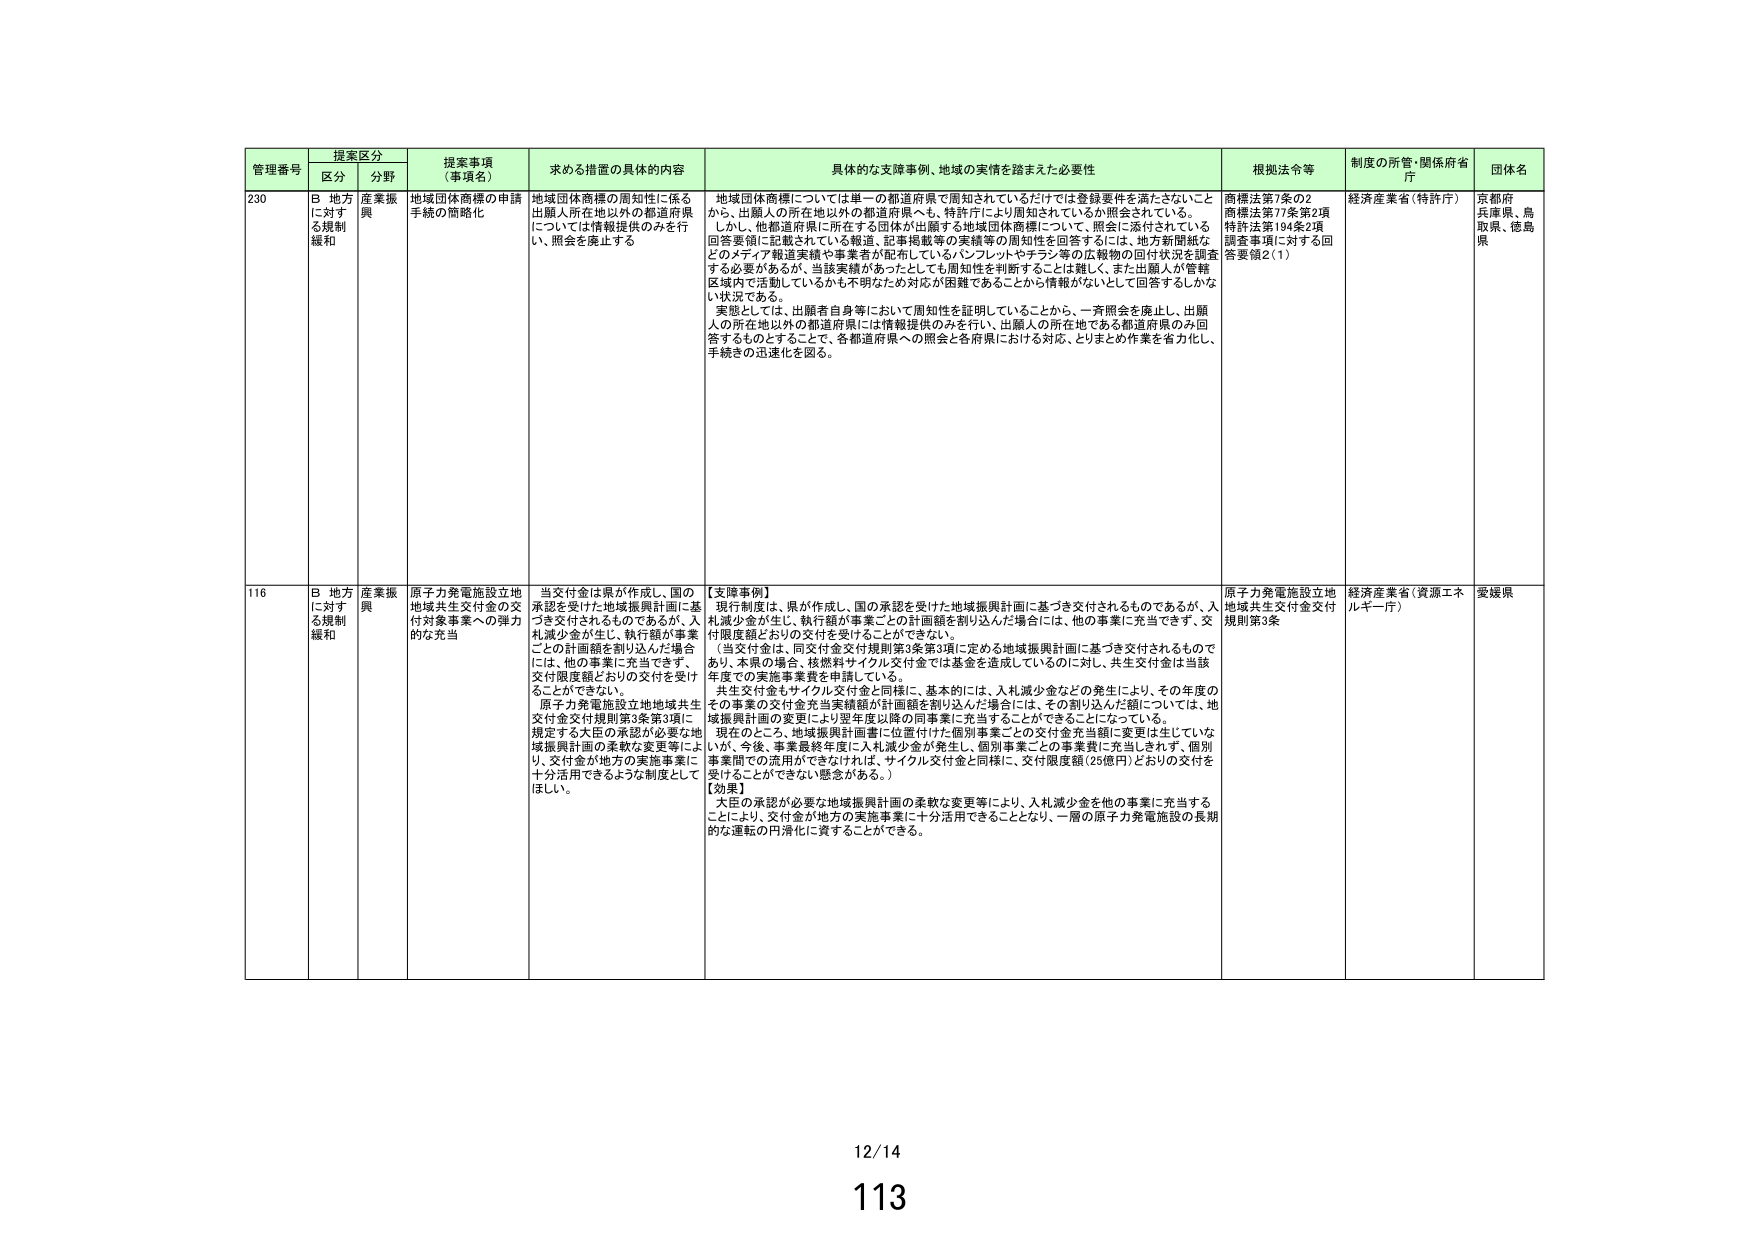
管理番号 提案区分 提案事項（事項名） 求める措置の具体的内容 具体的な支援事例、地域の実情を踏まえた必要性 根拠法令等 制度の所管・関係府省庁 団体名
区分 分野
230 B 地方に対する規制緩和 産業振興 地域団体商標の申請手続の簡略化 地域団体商標の周知性に係る出願人所在地以外の都道府県については情報提供のみを行い、照会を廃止する 地域団体商標については単一の都道府県で周知されているだけでは登録要件を満たさないことから、出願人の所在地以外の都道府県へも、特許庁により周知されているか照会されている。しかし、他都道府県に所在する団体が出願する地域団体商標について、照会に添付されている回答要領に記載されている報道、記事掲載等の実績等の周知性を回答するには、地方新聞紙などのメディア報道実績や事業者が配布しているパンフレットやチラシ等の広報物の回付状況を調査する必要があるが、当該実績が各ったとしても周知性を判断することは難しく、また出願人が管轄区域内で活動しているかも不明なため対応が困難であることが情報がないとして回答するしかない状況である。実態としては、出願者自身等において周知性を証明していることから、一斉照会を廃止し、出願人の所在地以外の都道府県には情報提供のみを行い、出願人の所在地である都道府県のみ回答するものとすることで、各都道府県への照会と各府県における対応、とりまとめ作業を省力化し、手続きの迅速化を図る。 商標法第7条の2 商標法第77条第2項 特許法第194条2項 調査事項に対する回答要領2(1) 経済産業省（特許庁） 京都府 兵庫県、鳥取県、徳島県
116 B 地方に対する規制緩和 産業振興 原子力発電施設立地地域共生交付金の交付対象事業への弾力的な充当 当交付金は県が作成し、国の承認を受けた地域振興計画に基づき交付されるものであるが、入札減少金が生じ、執行額が事業ごとの計画額を割り込んだ場合には、他の事業に充当できず、交付限度額どおりの交付を受けうることができない。原子力発電施設立地地域共生交付金交付規則第3条第3項に規定する大臣の承認が必要な地域振興計画の柔軟な変更等により、交付金が地方の実施事業に十分活用できるような制度としてほしい。 【支援事例】現行制度は、県が作成し、国の承認を受けた地域振興計画に基づき交付されるものであるが、入札減少金が生じ、執行額が事業ごとの計画額を割り込んだ場合には、他の事業に充当できず、交付限度額どおりの交付を受けることができない。（当交付金は、同交付金交付規則第3条第3項に定める地域振興計画に基づき交付されるものであり、本県の場合、核燃料サイクル交付金では基金を造成しているのに対し、共生交付金は当該年度での実施事業費を申請している。共生交付金もサイクル交付金と同様に、基本的には、入札減少金などの発生により、その年度のその事業の交付金充当実績額が計画額を割り込んだ場合には、その割り込んだ額については、地域振興計画の変更により翌年度以降の同事業に充当することができるごとになっている。現在のところ、地域振興計画書に位置付けた個別事業ごとの交付金充当額に変更は生じていな いが、今後、事業最終年度に入札減少金が発生し、個別事業ごとの事業費に充当しきれず、個別事業間での流用ができなければ、サイクル交付金と同様に、交付限度額（25億円）どおりの交付を受けることができない懸念がある。）【効果】大臣の承認が必要な地域振興計画の柔軟な変更等により、入札減少金を他の事業に充当することにより、交付金が地方の実施事業に十分活用できることとなり、一層の原子力発電施設の長期的な運転の円滑化に資することができる。 原子力発電施設立地地域共生交付金交付規則第3条 経済産業省（資源エネルギー庁） 愛媛県
12/14
113